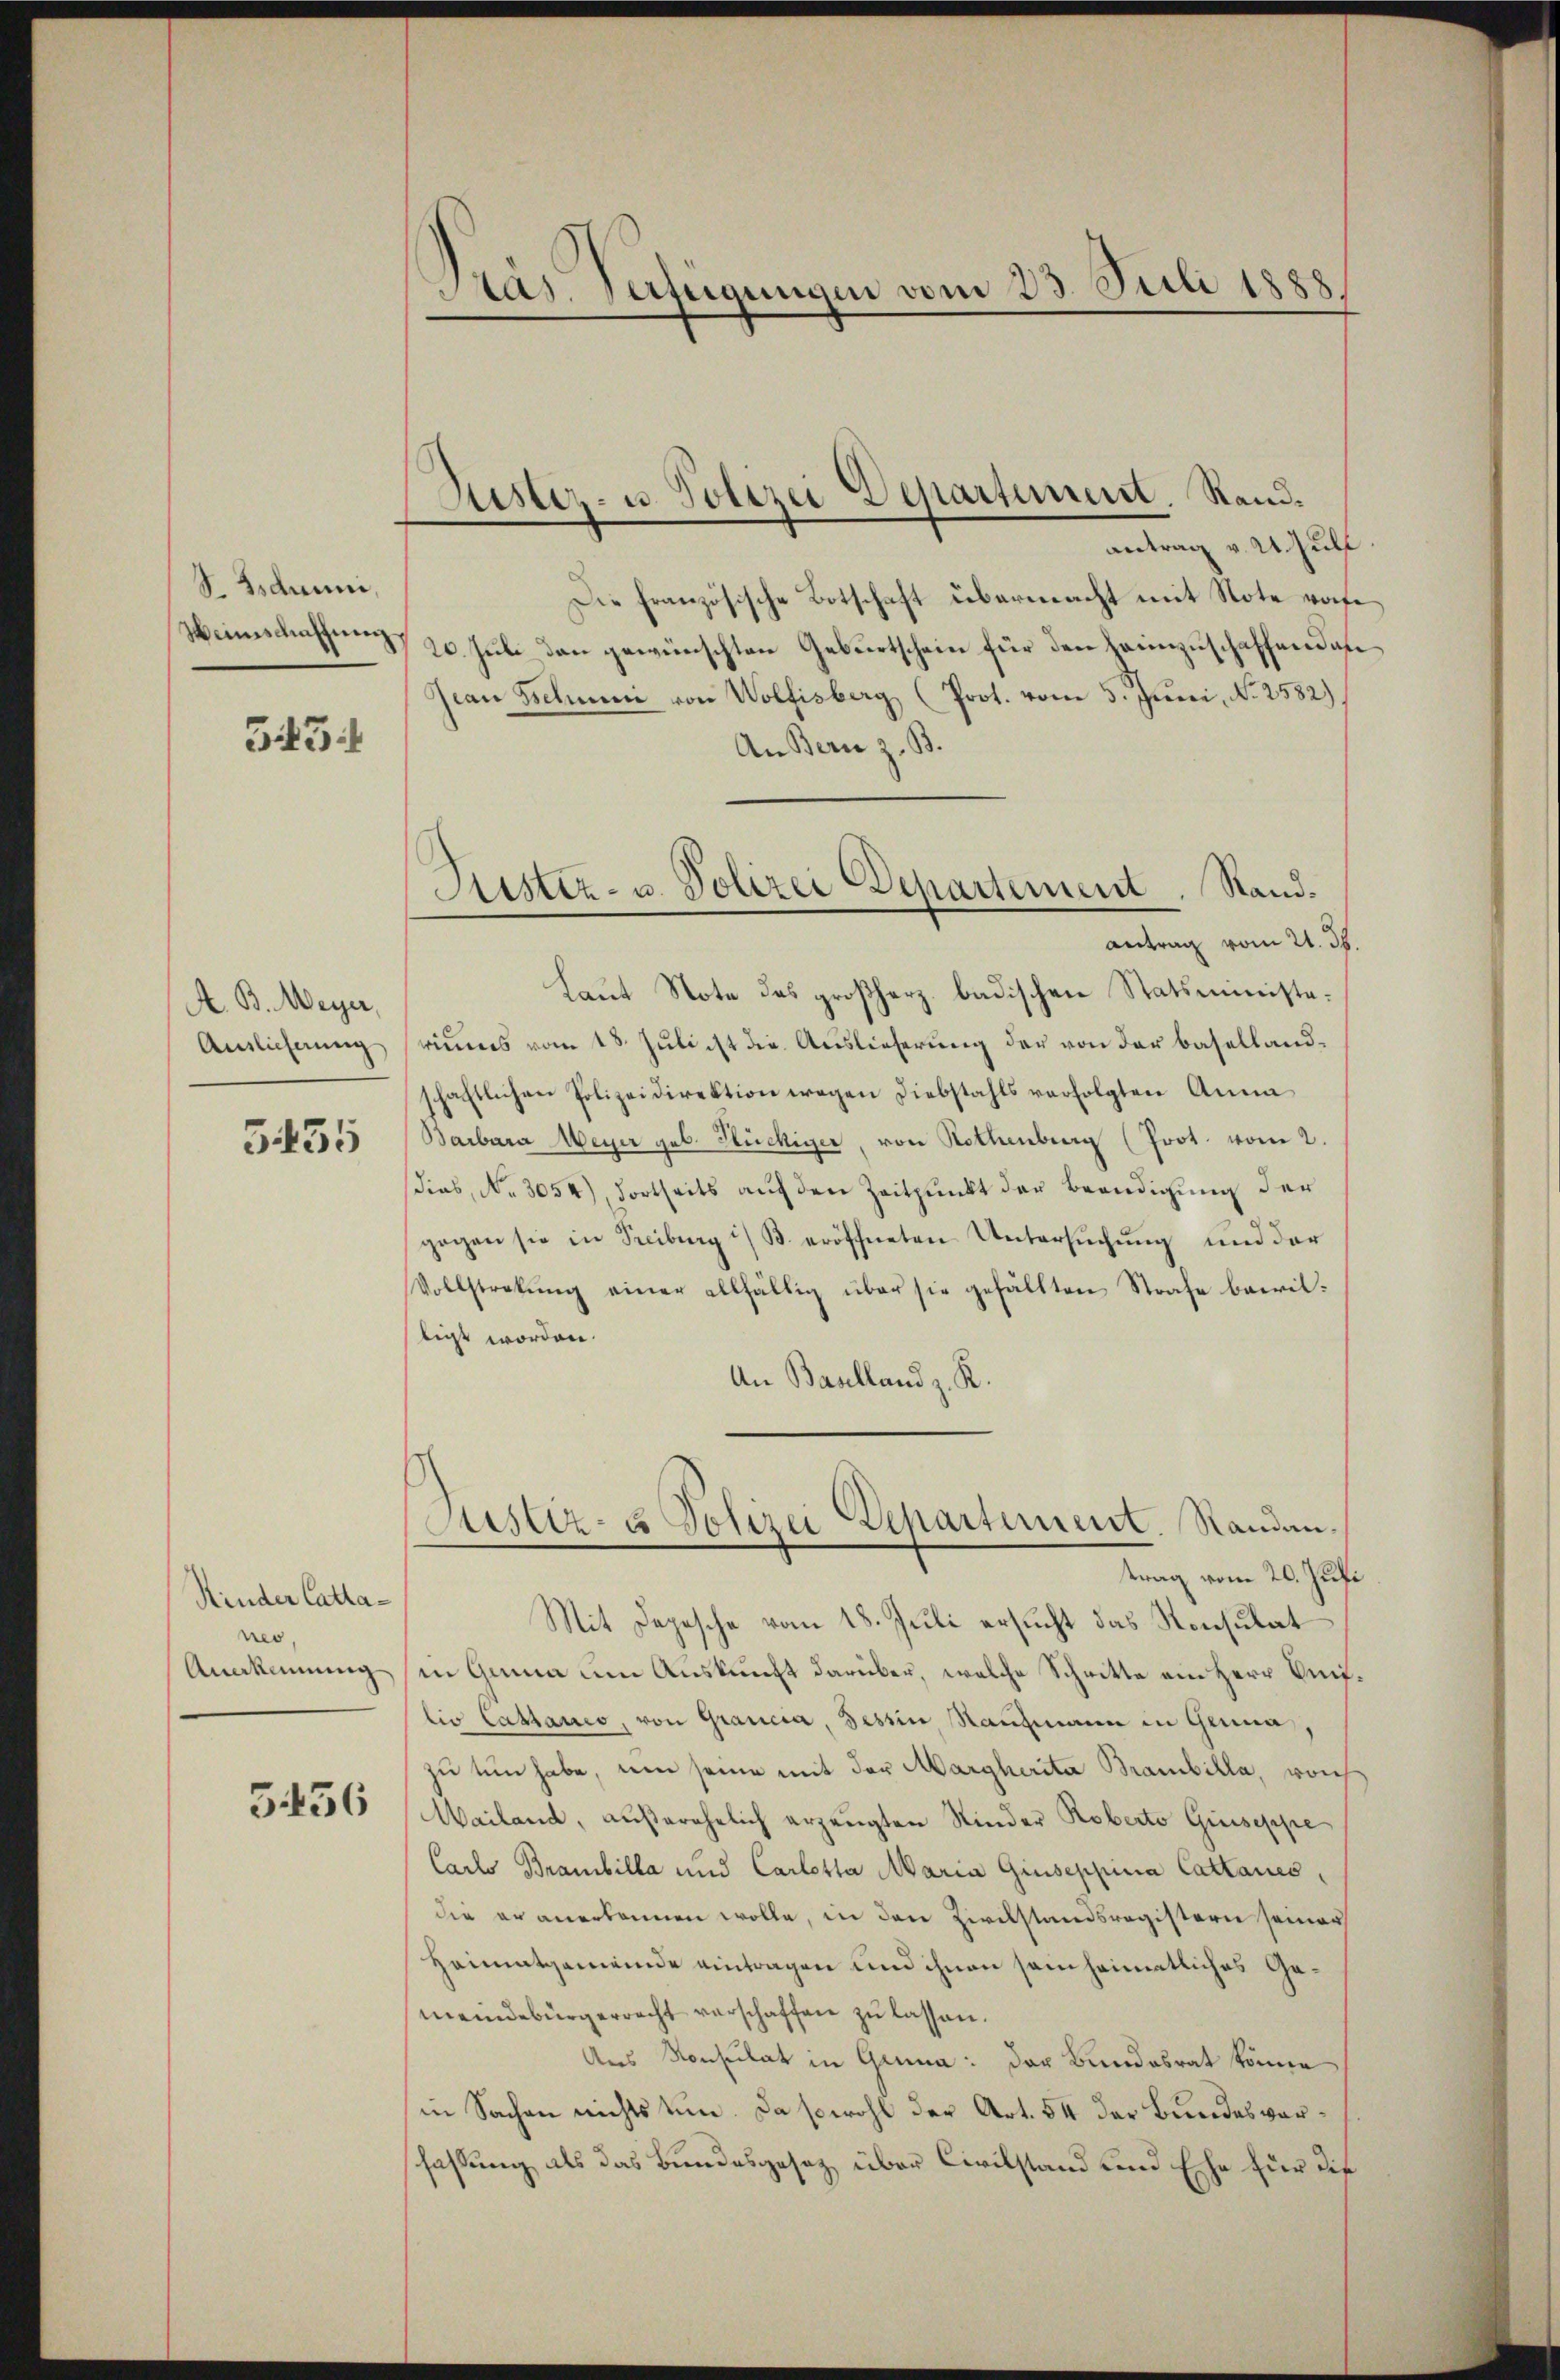
S. Gsduuni,
Weinschaffung

343:1

A. B. Meyer,
Auslieferung

5435

Kinder Cattanes,

5456

Ptas. Verfügungen vom 23. Juli 1888

Kister- u. Polizei Departement. Stand.

antrag v. U. Hult
Die Französische Botschaft übermacht mit Note wofe
20. Juli den gewünschten Geburtschein für den Heimzuschaffenden
Jean Belei von Wolfisberg (Prot. vom 5. Juni, No. 2582).
An Bern z. B.
Laut Note des großherz badischen Statsministerimes vom 18. Juli ist die Auslieferung der von der Basellandschaftlichen Polizeidirektion wegen Diebstahls verfolgten Anna
Barbara Meyer geb. Stückiger, von Rothenberg (Prot. vom 2.
dies, No. 3054), dortheits aŭf den Zeitpunkt der Beendigung der
gegen sie in Freiburg i/ B. eröffneten Untersuchung und der
Vollstrekŭng einer allfällig über sie gefällten Strafe bairiltigt worden.
An Baulland z. R.

Justiz- u. Polizei Departement. Standantrag vom 21. 38.

Justiz- & Polizei Departement. Randan¬

trag vom 20. Juli
Mit Depesche vom 18. Juli ersucht das Konsulat
Anekennung in Ganna um Auskunft darüber, welche Schritte ein Herr Uniflio Cathario, von Grancia, Tessin, Raufmann in Genua,
zu tun habe, um seine mit der Margherita Branbilla, woh
Mailand, außerehelich erzeugten Kinder Roberto Giuseppe
Carlo Branbilla und Carlotta Maria Giuseppinia Cattaues,
die er anerkannen wolle, in den Zivilstandsregistern seiner
Heimatgemeinde eintragen und ihnen sein heimatliches Gemeindebürgerrecht verschaffen zu lassen.
Aus Konsulat in Gruna: der Bundesrat könne
in Sachen nichts tun. Da sowohl der Art. 54 der Bundesverfassung, als das Bundesgesetz über Civilstand und Ehe für die